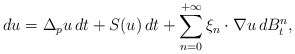
\begin{align*} d u = \Delta_p u \, d t + S(u) \, d t + \sum_{n=0}^{+\infty} \xi_{n} \cdot \nabla u \, d B_t^{n} ,\end{align*}